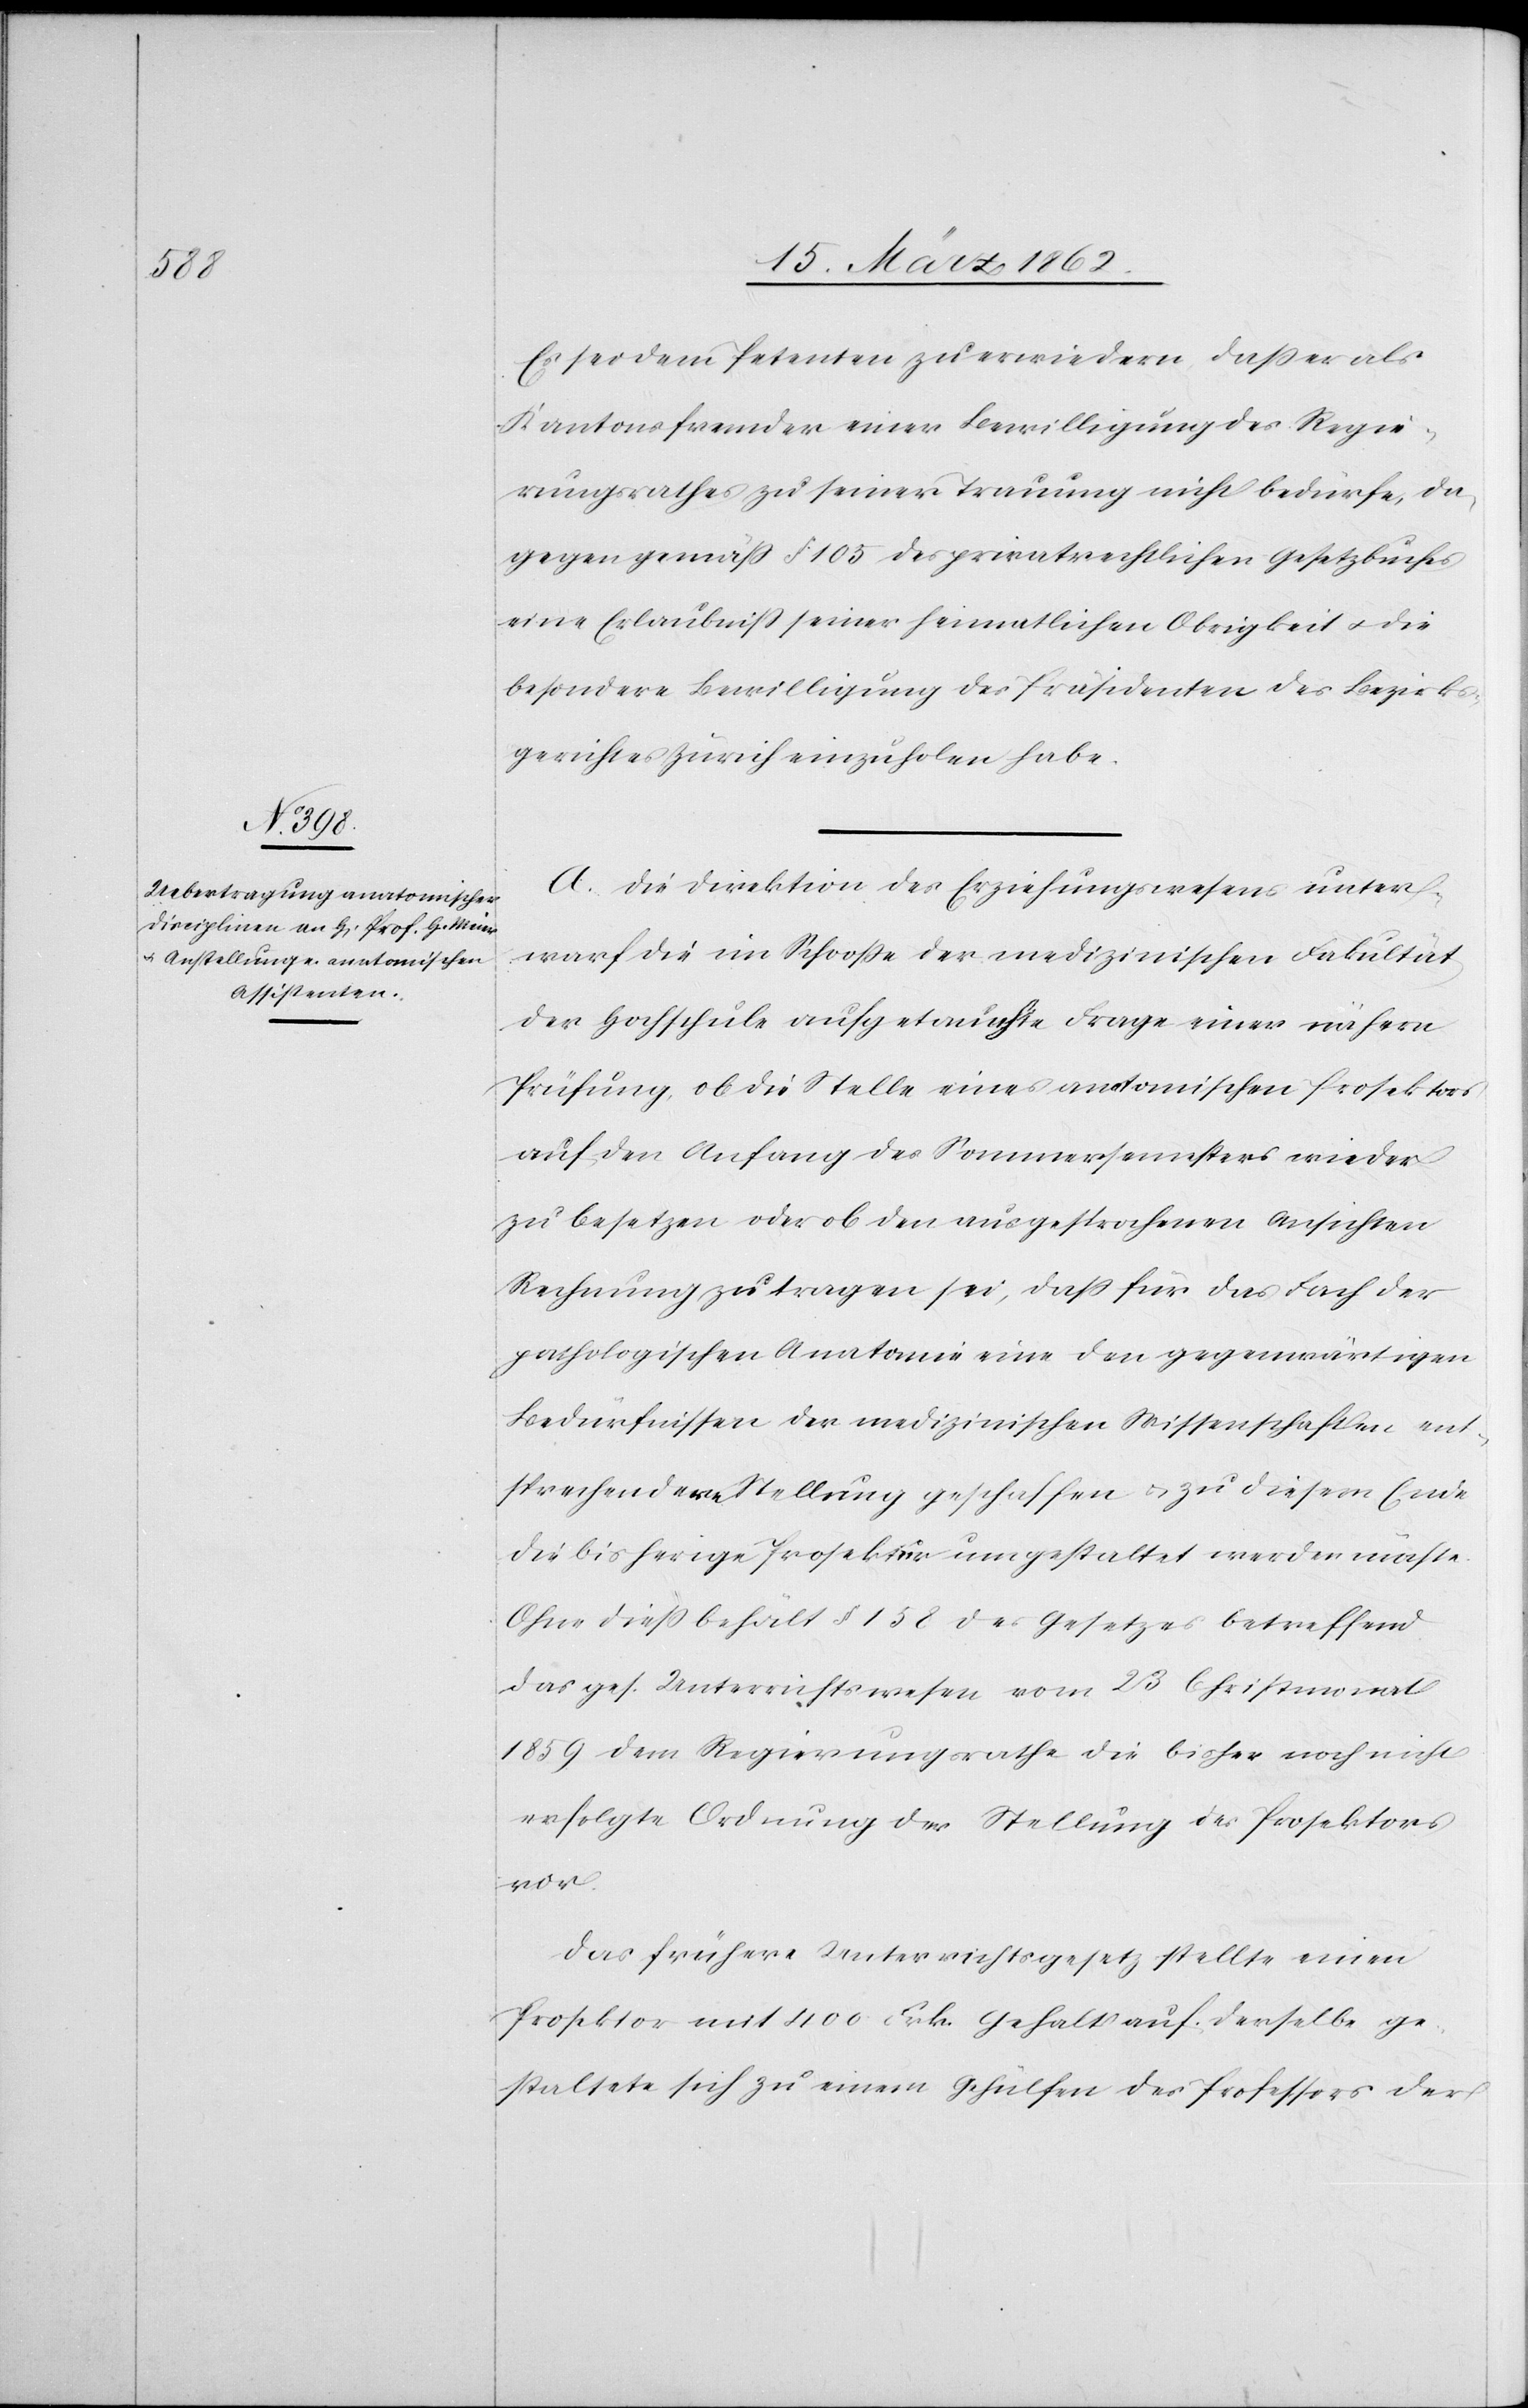
Es sei dem Petenten zu erwiedern, daß er als
Kantonsfremder einer Bewilligung des Regie¬
rungsrathes zu seiner Trauung nicht bedürfe, da¬
gegen gemäß § 105 des privatrechtlichen Gesetzbuches
eine Erlaubniß seiner heimatlichen Obrigkeit u. die
besondere Bewilligung des Präsidenten des Bezirks¬
gerichtes Zürich einzuholen habe.
A. Die Direktion des Erziehungswesens unter¬
warf die im Schooße der medizinischen Fakultät
der Hochschule aufgetauchte Frage einer nähern
Prüfung, ob die Stelle eines anatomischen Prosektors
auf den Anfang des Sommersemesters wieder
zu besetzen oder ob den ausgesprochenen Ansichten
Rechnung zu tragen sei, daß für das Fach der
pathologischen Anatomie eine den gegenwärtigen
Bedürfnissen der medizinischen Wissenschaften ent¬
sprechendere Stellung geschaffen u. zu diesem Ende
die bisherige Prosektur umgestaltet werden müsse.
Ohne dieß behält § 158 des Gesetzes betreffend
das ges. Unterrichtswesen vom 23 Christmonat
1859 dem Regierungsrathe die bisher noch nicht
erfolgte Ordnung der Stellung des Prosektors
vor.
Das frühere Unterrichtsgesetz stellte einen
Prosektor mit 400 Frk. Gehalt auf. Derselbe ge¬
staltete sich zu einem Gehülfen des Professors der